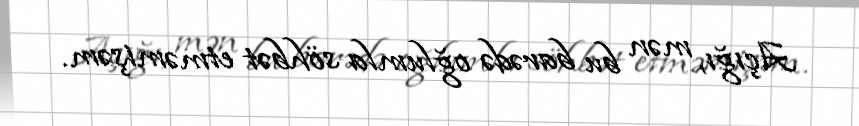
Açığı, mən bu barədə oğlumla söhbət etməmişəm.